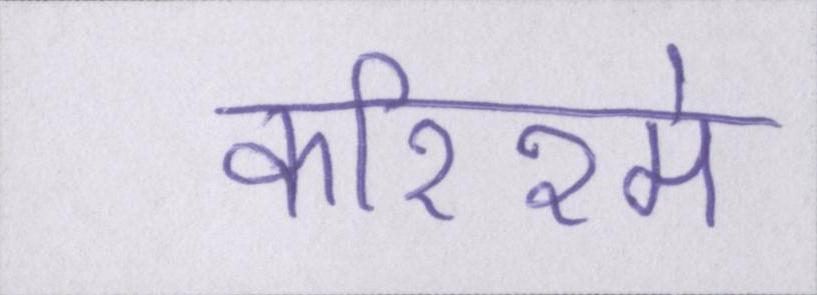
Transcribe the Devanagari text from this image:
करिश्मे